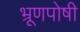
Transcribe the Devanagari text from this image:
भ्रूणपोषी